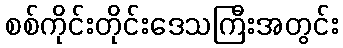
စစ်ကိုင်းတိုင်းဒေသကြီးအတွင်း